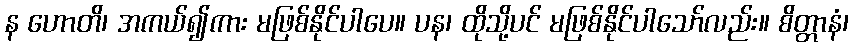
န ဟောတိ၊ အကယ်၍ကား မဖြစ်နိုင်ပါပေ။ ပန၊ ထိုသို့ပင် မဖြစ်နိုင်ပါသော်လည်း။ စိတ္တာနံ၊